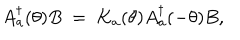
A _ { a } ^ { \dagger } ( \theta ) B ~ = ~ K _ { a } ( \theta ) A _ { a } ^ { \dagger } ( - \theta ) B ,